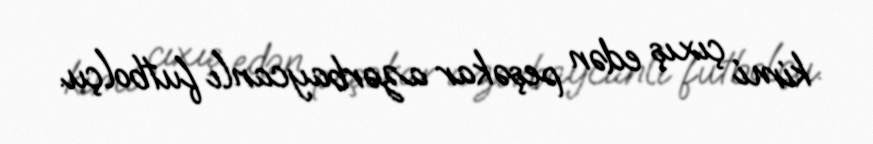
kimi çıxış edən peşəkar azərbaycanlı futbolçu.